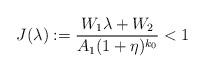
LaTeX: \begin{align*}J(\lambda) := \frac{W_1 \lambda + W_2 }{A_1 (1+\eta)^{k_0}} < 1\end{align*}